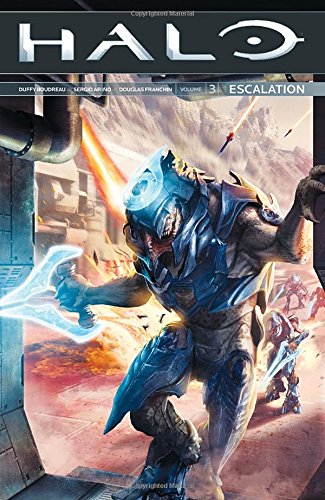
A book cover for Halo: Escalation Volume 3; Brian Reed; Comics & Graphic Novels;